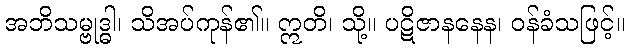
အဘိသမ္ဗုဒ္ဓါ၊ သိအပ်ကုန်၏။ ဣတိ၊ သို့။ ပဋိဇာနနေန၊ ဝန်ခံသဖြင့်။